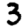
Digit: 3